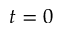
t = 0